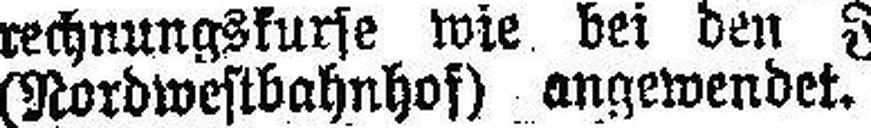
(Nordwestbahnhof) angewendet.